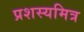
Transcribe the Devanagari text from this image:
प्रशस्यमित्र